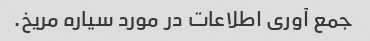
جمع آوری اطلاعات در مورد سیاره مریخ.